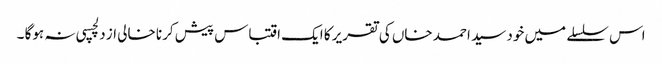
اس سلسلے میں خود سید احمد خاں کی تقریر کا ایک اقتباس پیش کرنا خالی از دلچسپی نہ ہوگا ۔